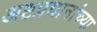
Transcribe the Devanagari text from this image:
अष्टप्रधानांच्या